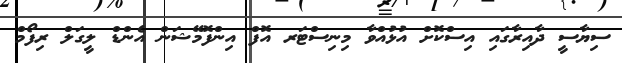
ސިޔާސީ ދާއިރާގައި އިސްކޮށް އުޅުއްވާ މިނިސްޓަރ އޮފް އިންފޮމޭޝަން އެންޑް ލީގަލް ރިފޯމް